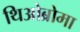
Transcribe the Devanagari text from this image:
थिओब्रोमा